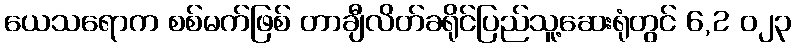
ယေသရောက စစ်မက်ဖြစ် တာချီလိတ်ခရိုင်ပြည်သူ့ဆေးရုံတွင် 6,2 ၀၂၃